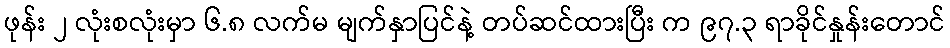
ဖုန်း ၂ လုံးစလုံးမှာ ၆.၈ လက်မ မျက်နှာပြင်နဲ့ တပ်ဆင်ထားပြီး က ၉၇.၃ ရာခိုင်နှုန်းတောင်